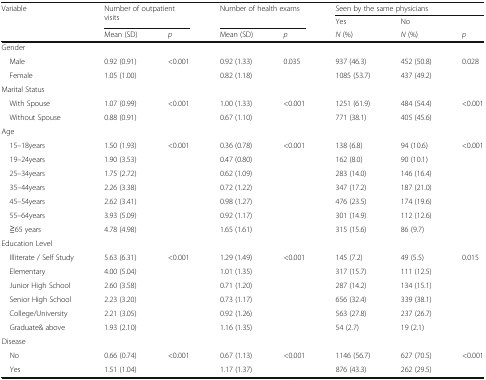
<table><thead><tr><td rowspan="3"><b>Variable</b></td><td rowspan="2" colspan="2"><b>Number of outpatient visits</b></td><td rowspan="2" colspan="2"><b>Number of health exams</b></td><td colspan="3"><b>Seen by the same physicians</b></td></tr><tr><td><b>Yes</b></td><td><b>No</b></td><td></td></tr><tr><td><b>Mean (SD)</b></td><td><b><i>p</i></b></td><td><b>Mean (SD)</b></td><td><b><i>p</i></b></td><td><b><i>N</i> (%)</b></td><td><b><i>N</i> (%)</b></td><td><b><i>p</i></b></td></tr></thead><tbody><tr><td>Gender</td><td></td><td></td><td></td><td></td><td></td><td></td><td></td></tr><tr><td> Male</td><td>0.92 (0.91)</td><td>&lt;0.001</td><td>0.92 (1.33)</td><td>0.035</td><td>937 (46.3)</td><td>452 (50.8)</td><td>0.028</td></tr><tr><td> Female</td><td>1.05 (1.00)</td><td></td><td>0.82 (1.18)</td><td></td><td>1085 (53.7)</td><td>437 (49.2)</td><td></td></tr><tr><td>Marital Status</td><td></td><td></td><td></td><td></td><td></td><td></td><td></td></tr><tr><td> With Spouse</td><td>1.07 (0.99)</td><td>&lt;0.001</td><td>1.00 (1.33)</td><td>&lt;0.001</td><td>1251 (61.9)</td><td>484 (54.4)</td><td>&lt;0.001</td></tr><tr><td> Without Spouse</td><td>0.88 (0.91)</td><td></td><td>0.67 (1.10)</td><td></td><td>771 (38.1)</td><td>405 (45.6)</td><td></td></tr><tr><td>Age</td><td></td><td></td><td></td><td></td><td></td><td></td><td></td></tr><tr><td> 15–18years</td><td>1.50 (1.93)</td><td>&lt;0.001</td><td>0.36 (0.78)</td><td>&lt;0.001</td><td>138 (6.8)</td><td>94 (10.6)</td><td>&lt;0.001</td></tr><tr><td> 19–24years</td><td>1.90 (3.53)</td><td></td><td>0.47 (0.80)</td><td></td><td>162 (8.0)</td><td>90 (10.1)</td><td></td></tr><tr><td> 25–34years</td><td>1.75 (2.72)</td><td></td><td>0.62 (1.09)</td><td></td><td>283 (14.0)</td><td>146 (16.4)</td><td></td></tr><tr><td> 35–44years</td><td>2.26 (3.38)</td><td></td><td>0.72 (1.22)</td><td></td><td>347 (17.2)</td><td>187 (21.0)</td><td></td></tr><tr><td> 45–54years</td><td>2.62 (3.41)</td><td></td><td>0.98 (1.27)</td><td></td><td>476 (23.5)</td><td>174 (19.6)</td><td></td></tr><tr><td> 55–64years</td><td>3.93 (5.09)</td><td></td><td>0.92 (1.17)</td><td></td><td>301 (14.9)</td><td>112 (12.6)</td><td></td></tr><tr><td> ≧65 years</td><td>4.78 (4.98)</td><td></td><td>1.65 (1.61)</td><td></td><td>315 (15.6)</td><td>86 (9.7)</td><td></td></tr><tr><td>Education Level</td><td></td><td></td><td></td><td></td><td></td><td></td><td></td></tr><tr><td> Illiterate / Self Study</td><td>5.63 (6.31)</td><td>&lt;0.001</td><td>1.29 (1.49)</td><td>&lt;0.001</td><td>145 (7.2)</td><td>49 (5.5)</td><td>0.015</td></tr><tr><td> Elementary</td><td>4.00 (5.04)</td><td></td><td>1.01 (1.35)</td><td></td><td>317 (15.7)</td><td>111 (12.5)</td><td></td></tr><tr><td> Junior High School</td><td>2.60 (3.58)</td><td></td><td>0.71 (1.20)</td><td></td><td>287 (14.2)</td><td>134 (15.1)</td><td></td></tr><tr><td> Senior High School</td><td>2.23 (3.20)</td><td></td><td>0.73 (1.17)</td><td></td><td>656 (32.4)</td><td>339 (38.1)</td><td></td></tr><tr><td> College/University</td><td>2.21 (3.05)</td><td></td><td>0.92 (1.26)</td><td></td><td>563 (27.8)</td><td>237 (26.7)</td><td></td></tr><tr><td> Graduate&amp; above</td><td>1.93 (2.10)</td><td></td><td>1.16 (1.35)</td><td></td><td>54 (2.7)</td><td>19 (2.1)</td><td></td></tr><tr><td>Disease</td><td></td><td></td><td></td><td></td><td></td><td></td><td></td></tr><tr><td> No</td><td>0.66 (0.74)</td><td>&lt;0.001</td><td>0.67 (1.13)</td><td>&lt;0.001</td><td>1146 (56.7)</td><td>627 (70.5)</td><td>&lt;0.001</td></tr><tr><td> Yes</td><td>1.51 (1.04)</td><td></td><td>1.17 (1.37)</td><td></td><td>876 (43.3)</td><td>262 (29.5)</td><td></td></tr></tbody></table>